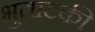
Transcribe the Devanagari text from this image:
भुताटकी